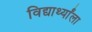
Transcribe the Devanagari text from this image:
विद्यार्थ्यांला